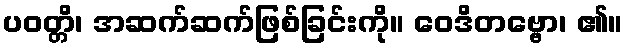
ပဝတ္တိ၊ အဆက်ဆက်ဖြစ်ခြင်းကို။ ဝေဒိတဗ္ဗော၊ ၏။